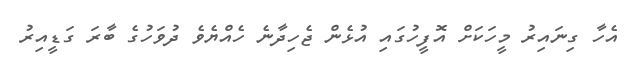
އެހާ ގިނައިރު މީހަކަށް އޮފީހުގައި އުޅެން ޖެހިދާނެ ހެއްޔެވެ ދުވަހުގެ ބާރަ ގަޑީއިރު